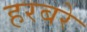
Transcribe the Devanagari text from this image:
हरबरे